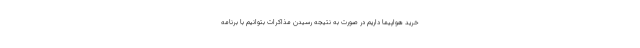
خرید هواپیما داریم در صورت به نتیجه رسیدن مذاکرات بتوانیم با برنامه